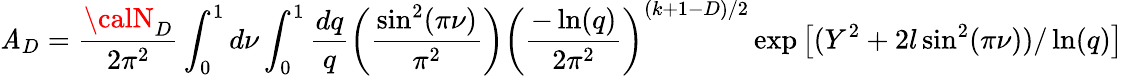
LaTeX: \mathit{A}_{D}=\frac{{{\calN}_{D}}}{{2\pi^{2}}}\int_{0}^{1}d\nu\int_{0}^{1}\frac{{dq}}{{q}}\left(\frac{{\sin^{2}(\pi\nu)}}{{\pi^{2}}}\right)\left(\frac{{-\ln(q)}}{{2\pi^{2}}}\right)^{(k+1-D)/2}\exp\left[(Y^{2}+2l\sin^{2}(\pi\nu))/\ln(q)\right]